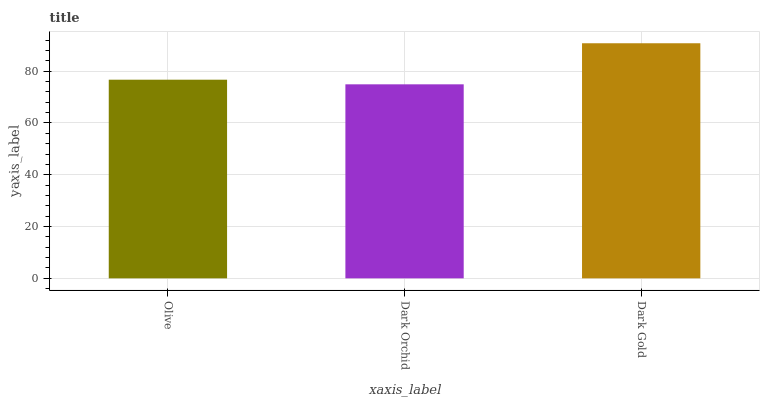
| xaxis_label | bars |
 | --- | --- |
 | Olive | 76.7 |
 | Dark Orchid | 74.9 |
 | Dark Gold | 90.8 |